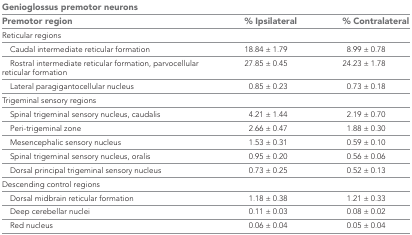
| <COLSPAN=3> Genioglossus premotor neurons |
 | Premotor region | % Ipsilateral | % Contralateral |
 | --- | --- | --- |
 | <COLSPAN=3> Reticular regions |
 | Caudal intermediate reticular formation | 18.84 ± 1.79 | 8.99 ± 0.78 |
 | Rostral intermediate reticular formation, parvocellular reticular formation | 27.85 ± 0.45 | 24.23 ± 1.78 |
 | Lateral paragigantocellular nucleus | 0.85 ± 0.23 | 0.73 ± 0.18 |
 | <COLSPAN=3> Trigeminal sensory regions |
 | Spinal trigeminal sensory nucleus, caudalis | 4.21 ± 1.44 | 2.19 ± 0.70 |
 | Peri-trigeminal zone | 2.66 ± 0.47 | 1.88 ± 0.30 |
 | Mesencephalic sensory nucleus | 1.53 ± 0.31 | 0.59 ± 0.10 |
 | Spinal trigeminal sensory nucleus, oralis | 0.95 ± 0.20 | 0.56 ± 0.06 |
 | Dorsal principal trigeminal sensory nucleus | 0.73 ± 0.25 | 0.52 ± 0.13 |
 | <COLSPAN=3> Descending control regions |
 | Dorsal midbrain reticular formation | 1.18 ± 0.38 | 1.21 ± 0.33 |
 | Deep cerebellar nuclei | 0.11 ± 0.03 | 0.08 ± 0.02 |
 | Red nucleus | 0.06 ± 0.04 | 0.05 ± 0.04 |